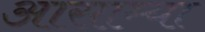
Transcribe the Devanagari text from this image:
आसाम्या